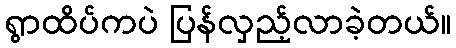
ရွာထိပ်ကပဲ ပြန်လှည့်လာခဲ့တယ်။